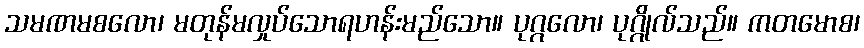
သမဏမစလော၊ မတုန်မလှုပ်သောရဟန်းမည်သော။ ပုဂ္ဂလော၊ ပုဂ္ဂိုလ်သည်။ ကတမောစ၊